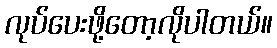
လုပ်ပေးဖို့တော့လိုပါတယ်။